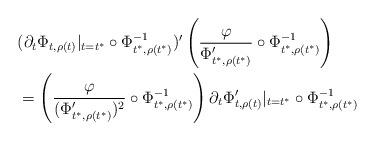
LaTeX: \begin{align*}&(\partial_t\Phi_{t,\rho(t)}|_{t=t^*}\circ\Phi_{t^*,\rho(t^*)}^{-1})'\left(\frac{\varphi}{\Phi_{t^*,\rho(t^*)}'} \circ \Phi_{t^*,\rho(t^*)}^{-1}\right) \\&=\left(\frac{\varphi}{(\Phi_{t^*,\rho(t^*)}')^2} \circ \Phi_{t^*,\rho(t^*)}^{-1}\right)\partial_t\Phi_{t,\rho(t)}'|_{t=t^*}\circ\Phi_{t^*,\rho(t^*)}^{-1}\end{align*}